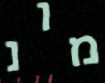
מונ